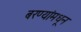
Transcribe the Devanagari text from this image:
बरण्यांमधून